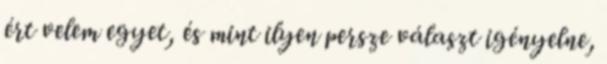
ért velem egyet, és mint ilyen persze választ igényelne,